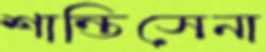
শান্তিসেনা